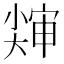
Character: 𱚨